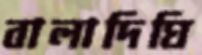
বালাদিঘি